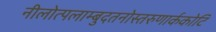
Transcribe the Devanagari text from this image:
नीलोत्पलाम्बुदतनोस्तरुणार्ककोटि